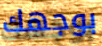
بوجهك